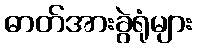
ဓာတ်အားခွဲရုံများ